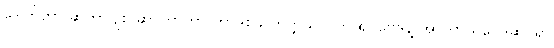
ဒေါက်တာ ဆူဘာဂျစ် ဆာကာဟာ ကာဒစ်ဖ် တက္ကသိုလ်က ရူပဗေဒနဲ့ အာကာသဗေဒဆိုင်ရာ